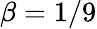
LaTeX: \beta=1/9